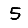
Digit: 5